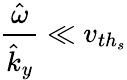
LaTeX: \frac{\hat{\omega}}{\hat{k}_{y}}\ll v_{{th}_{s}}